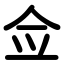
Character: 佥